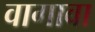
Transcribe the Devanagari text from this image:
वागावा